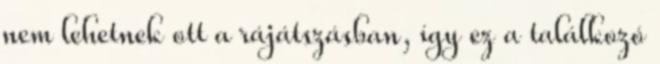
nem lehetnek ott a rájátszásban, így ez a találkozó